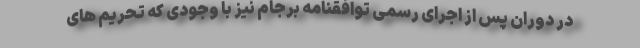
در دوران پس از اجرای رسمی توافقنامه برجام نیز با وجودی که تحریم های